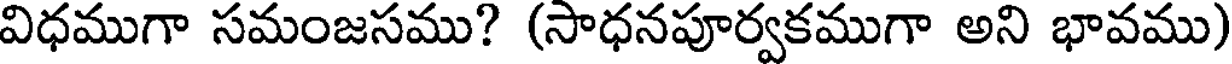
విధముగా సమంజసము? (సాధనపూర్వకముగా అని భావము)